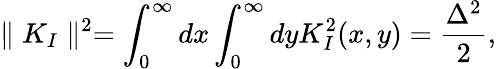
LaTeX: \parallel K_{I}\parallel^{2}=\int_{0}^{\infty}dx\int_{0}^{\infty}dyK_{I}^{2}(x,y)={\frac{\Delta^{2}}{2}},